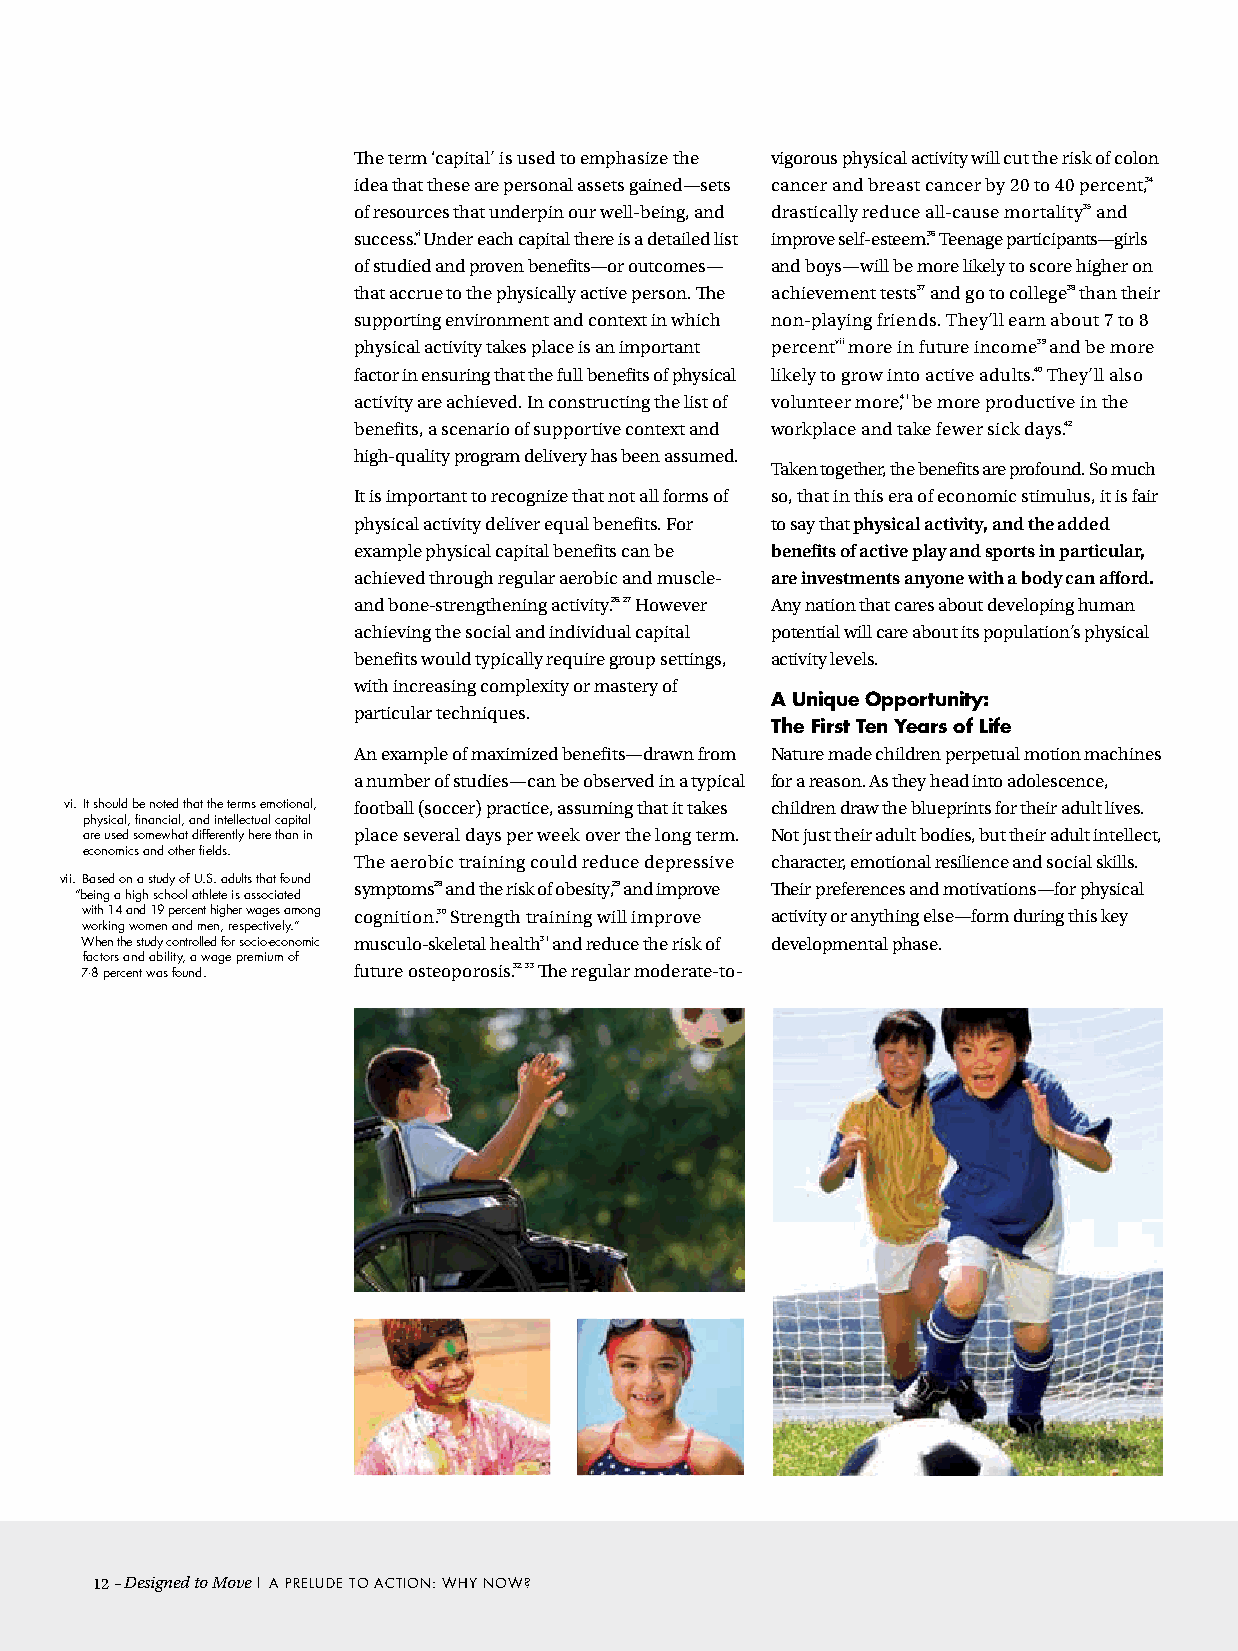
The term ‘capital’ is used to emphasize the vigorous physical activity will cut the risk of colon
 idea that these are personal assets gained—sets cancer and breast cancer by 20 to 40 percent,34
 of resources that underpin our well-being, and drastically reduce all-cause mortality35 and
 success.vi Under each capital there is a detailed list improve self-esteem.36 Teenage participants—girls
 of studied and proven benefits—or outcomes— and boys—will be more likely to score higher on
 that accrue to the physically active person. The achievement tests37 and go to college38 than their
 supporting environment and context in which non-playing friends. They’ll earn about 7 to 8
 physical activity takes place is an important percentvii more in future income39 and be more
 factor in ensuring that the full benefits of physical likely to grow into active adults.40 They’ll also
 activity are achieved. In constructing the list of volunteer more,41 be more productive in the
 benefits, a scenario of supportive context and workplace and take fewer sick days.42
 high-quality program delivery has been assumed.
 Taken together, the benefits are profound. So much
 It is important to recognize that not all forms of so, that in this era of economic stimulus, it is fair
 physical activity deliver equal benefits. For to say that physical activity, and the added
 example physical capital benefits can be benefits of active play and sports in particular,
 achieved through regular aerobic and muscle- are investments anyone with a body can afford.
 and bone-strengthening activity.26, 27 However Any nation that cares about developing human
 achieving the social and individual capital potential will care about its population’s physical
 benefits would typically require group settings, activity levels.
 with increasing complexity or mastery of
 a unique Opportunity:
 particular techniques.
 The first Ten years of life
 An example of maximized benefits—drawn from Nature made children perpetual motion machines
 a number of studies—can be observed in a typical for a reason. As they head into adolescence,
 vi. It should be noted that the terms emotional, football (soccer) practice, assuming that it takes children draw the blueprints for their adult lives.
 physical, financial, and intellectual capital
 are used somewhat differently here than in place several days per week over the long term. Not just their adult bodies, but their adult intellect,
 economics and other fields.
 The aerobic training could reduce depressive character, emotional resilience and social skills.
 vii. B ased on a study of u.S. adults that found symptoms28 and the risk of obesity,29 and improve Their preferences and motivations—for physical
 “being a high school athlete is associated
 with 14 and 19 percent higher wages among cognition.30 Strength training will improve activity or anything else—form during this key
 working women and men, respectively.”
 When the study controlled for socio-economic musculo-skeletal health31 and reduce the risk of developmental phase.
 factors and ability, a wage premium of
 7-8 percent was found. future osteoporosis.32, 33 The regular moderate-to-
 12– Designed to Move | A PRELudE TO AcTION: WHY NOW?